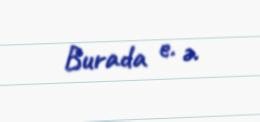
Burada e. ə.